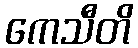
ကေသီတိ